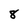
Character: 8